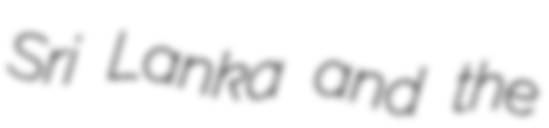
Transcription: Sri Lanka and the